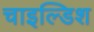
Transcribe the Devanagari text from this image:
चाइल्डिश